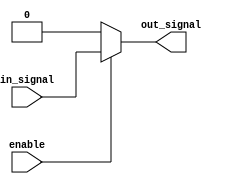
module active_high_buffer (
    input wire in_signal,
    input wire enable,
    output reg out_signal
);

always @(*)
begin
    if (enable)
        out_signal = in_signal;
    else
        out_signal = 1'b0;
end

endmodule